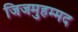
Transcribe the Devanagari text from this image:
जिजमुहम्मद